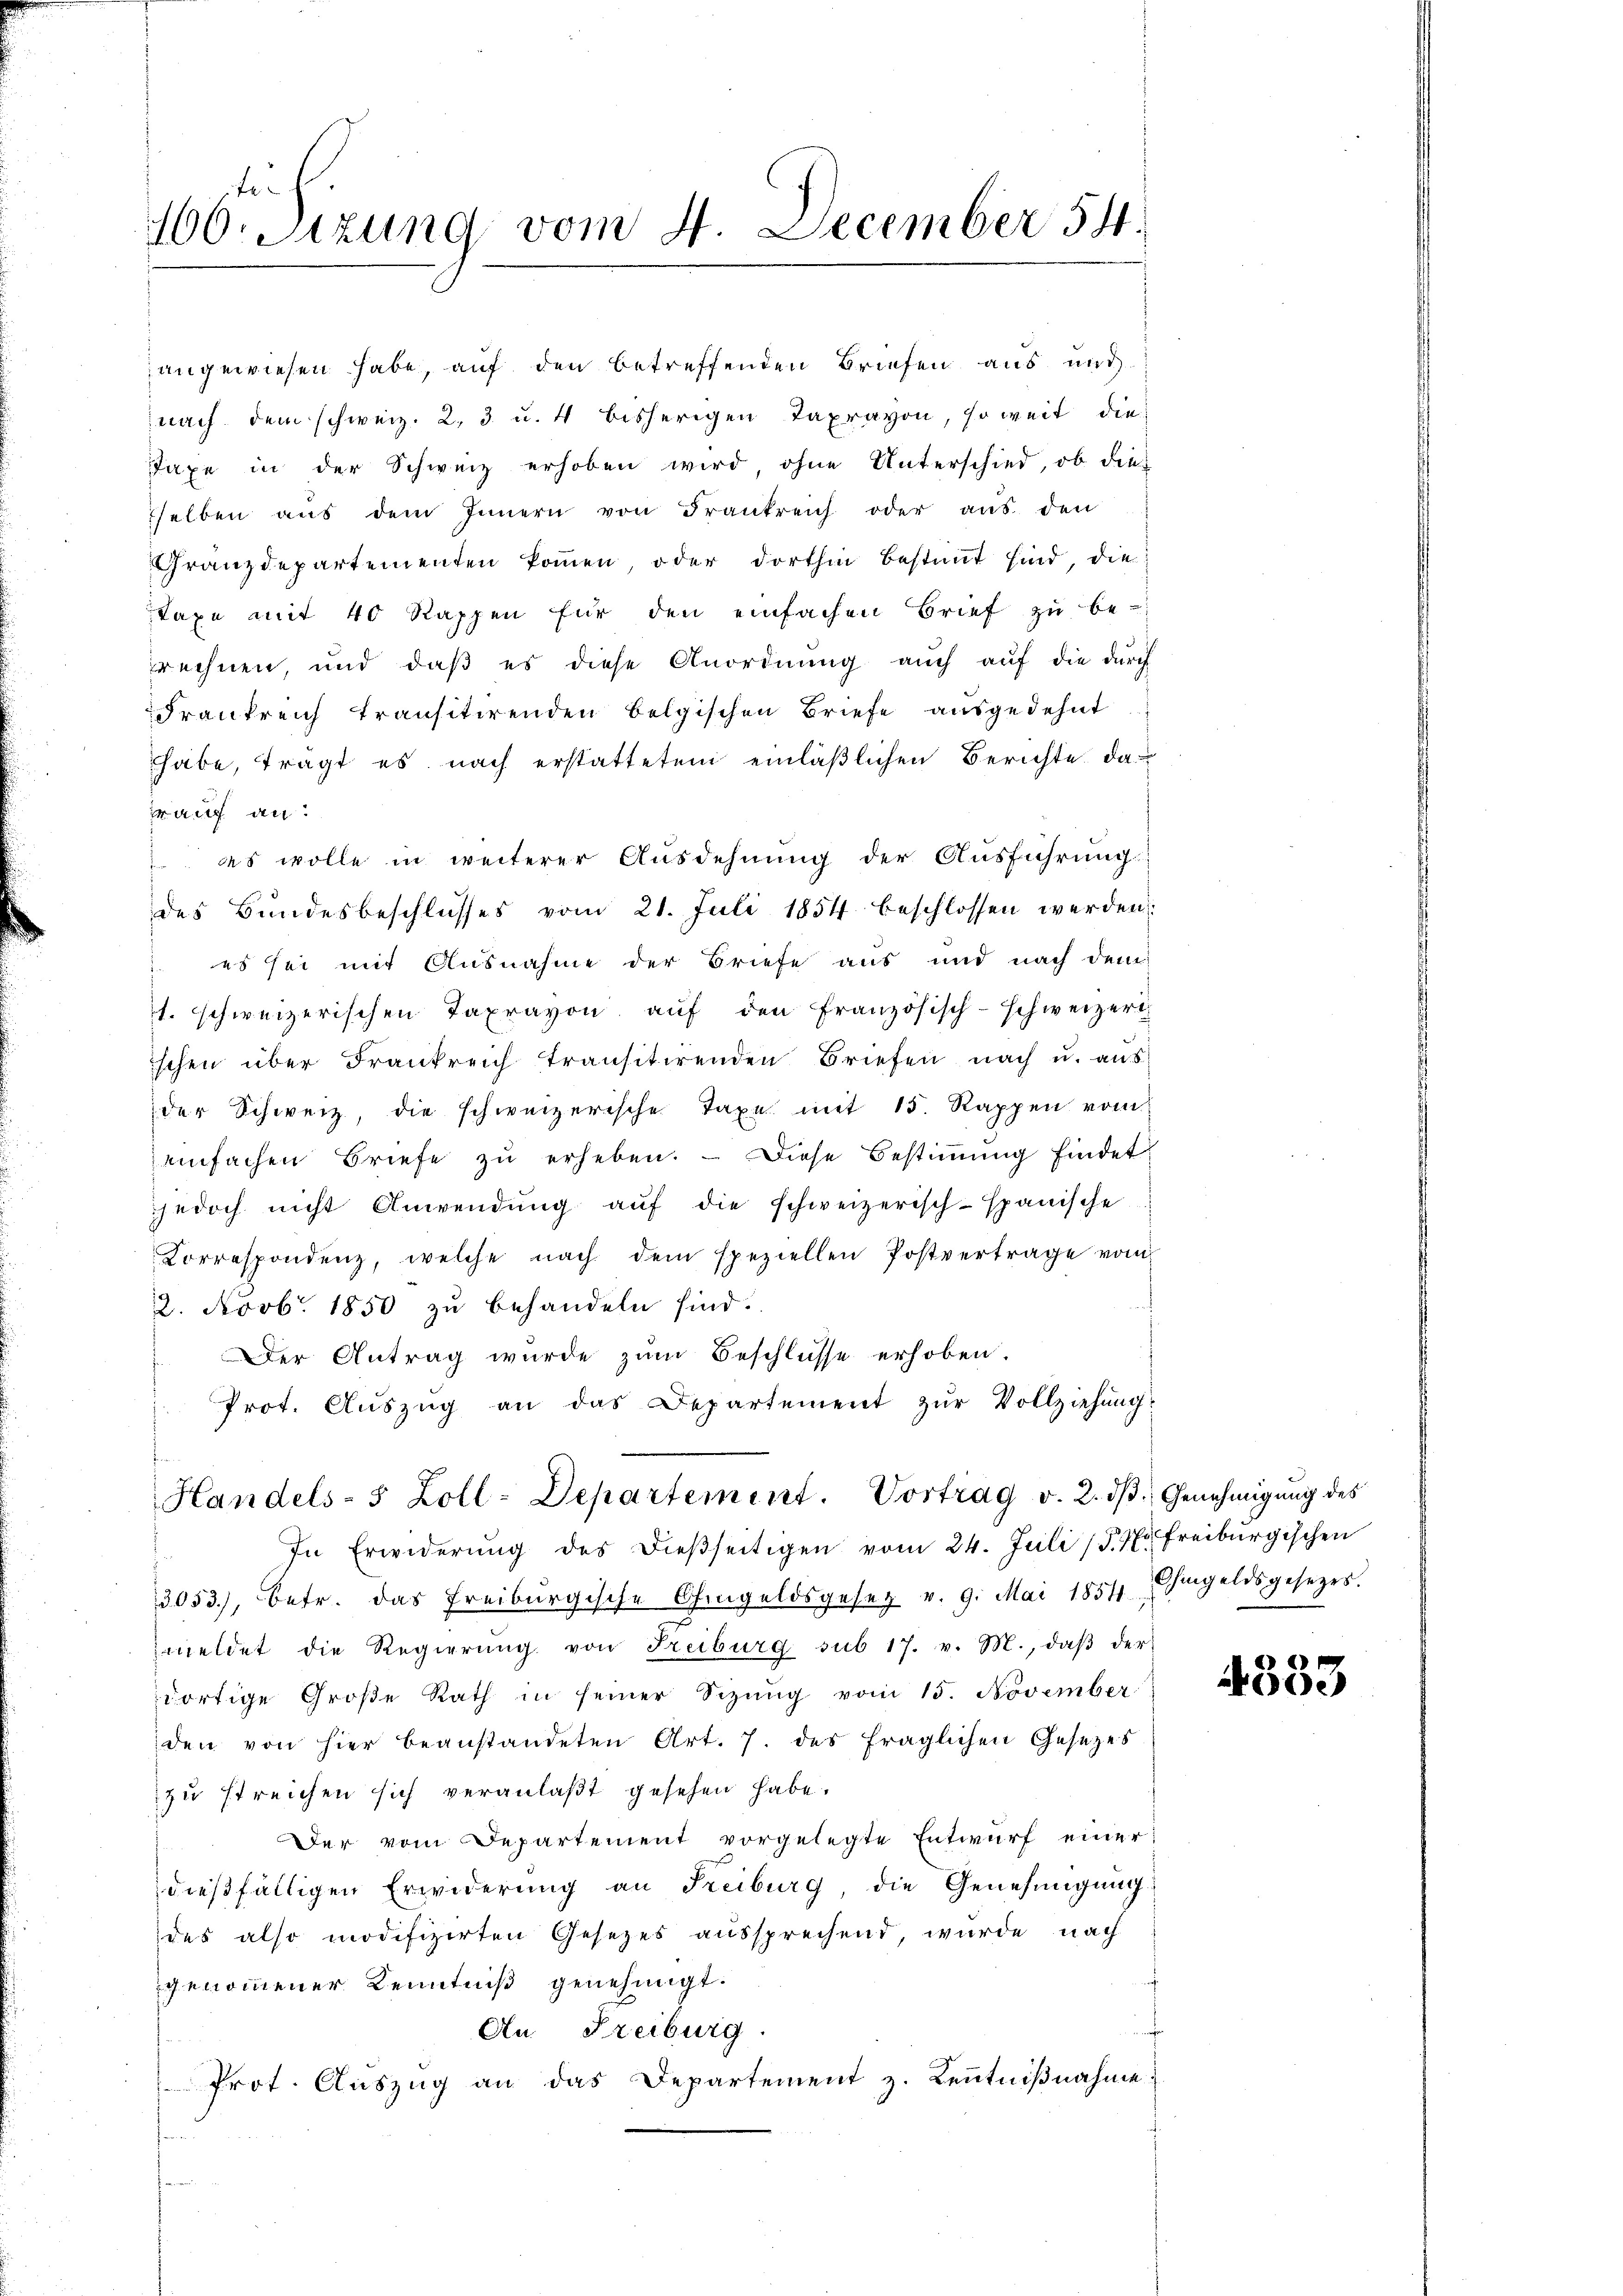
Er
160. Sizung vom 4. December 54.

angewiesen habe, auf den betreffenden Briefen aus und
nach dem schweiz. 2, 3 u. 4 bisherigen Taxravon, soweit die
Taxe in der Schweiz erhoben wird ohne Unterschied, ob die-
selben aŭs dem Innern von Frankreich oder aŭs den
Granzdepartementen kommen oder dorthin bestimmt sind, die
Taxe mit 40 Rappen für den einfachen Brief zu be-
prechnen, und daβ es diese Anordnŭng aŭch aŭf die durch
Frankreich transitirenden belgischen Briefe ausgedehnt
habe, tragt es nach erstatteten einläßlichen Berichte darauf an.
 es wolle in weiterer Ausdehnung der Aŭsführŭng
des Bundesbeschlusses vom 21. Juli 1854 beschlossen werden
es sei mit Ausnahme der Briefe aus und nach dem
1. schweizerischen Taxravon aŭf den französisch-schweizeri
ischen über Frankreich transitirenden Briefen nach u. aus
der Schweiz, die schweizerische Taxe mit 15. Rappen vom
einfachen Briefe zŭ erheben. - Diese Bestimmung findet
jedoch nicht Anwendŭng aŭf die schweizerisch-spanische
Correspondenz, welche nach dem speziellen Postvertrage vom
2. Novb. 1850 zu behandeln sind.
Der Antrag wurde zŭm Beschlüsse erhoben.
Prot. Auszug an das Departement zur Vollziehung

Handels- 5 Zoll-Departement. Vortrag v. 2. dβ. Genehmigung des

In Erwiderŭng des dieβseitigen vom 24. Juli (§. 7. Freiburgischen
3053), betr. das Freiburgische Ohmgeldsgesetz v. 9. Mai 1854 hingeldsgesetzes.
meldet die Regierung von Freiburg sub 17. v. M., daβ der
dortige Große Rath in seiner Sizŭng vom 15. November
den von hier beanstandeten Art. 7. des fraglichen Gesezes
zu streichen sich veranlaßt gesehen habe.
Der vom Departement vorgelegte Entwŭrf einer
dießfälligen Erwiderung an Freiburg, die Genehmigŭng:
des also modifizirten Gesezes aussprechend, wurde nach
genommener Kenntniß genehmigt.
An Freiburg
Prot. Aŭszŭg an das Departement z. Kenntniβnahme
e

4333